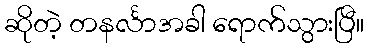
ဆိုတဲ့ တနင်္လာအခါ ရောက်သွားပြီ။